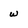
Character: w